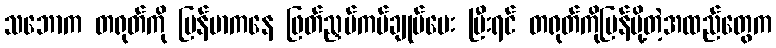
သဘောက တရုတ်ကို မြန်မာကနေ ဖြတ်ညှပ်ကပ်ချုပ်ပေး ပြီးရင် တရုတ်ကိုပြန်ပို့တဲ့အထည်တွေက